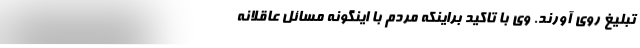
تبلیغ روی آورند. وی با تاکید براینکه مردم با اینگونه مسائل عاقلانه